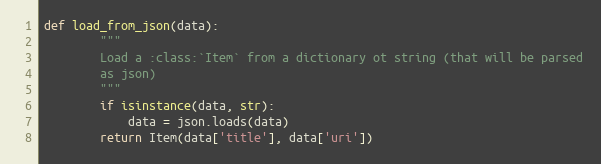
Language: Python
def load_from_json(data):
        """
        Load a :class:`Item` from a dictionary ot string (that will be parsed
        as json)
        """
        if isinstance(data, str):
            data = json.loads(data)
        return Item(data['title'], data['uri'])